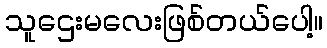
သူဌေးမလေးဖြစ်တယ်ပေါ့။